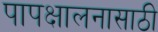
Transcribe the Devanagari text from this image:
पापक्षालनासाठी